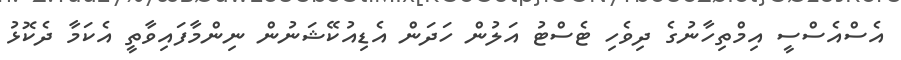
އެސްއެސްސީ އިމްތިހާނުގެ ދިވެހި ޓެސްޓު އަލުން ހަދަން އެޑިއުކޭޝަނުން ނިންމާފައިވާތީ އެކަމާ ދެކޮޅު